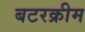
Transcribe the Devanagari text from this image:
बटरक्रीम